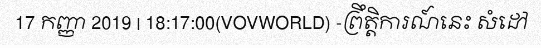
17 កញ្ញា 2019 | 18:17:00(VOVWORLD) -ព្រឹត្តិការណ៍នេះ សំដៅ